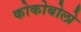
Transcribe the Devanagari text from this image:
कोकोबोलो